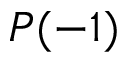
P ( - 1 )